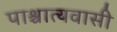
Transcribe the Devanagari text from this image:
पाश्चात्यवासी